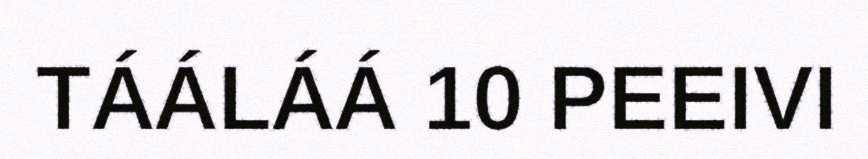
TÁÁLÁÁ 10 PEEIVI